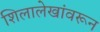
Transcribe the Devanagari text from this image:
शिलालेखांवरून